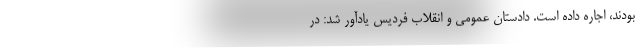
بودند، اجاره داده است. دادستان عمومی و انقلاب فردیس یادآور شد: در